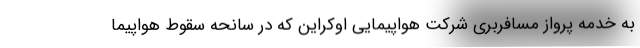
به خدمه پرواز مسافربری شرکت هواپیمایی اوکراین که در سانحه سقوط هواپیما